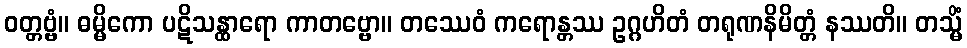
ဝတ္တဗ္ဗံ။ ဓမ္မိကော ပဋိသန္ထာရော ကာတဗ္ဗော။ တဿေဝံ ကရောန္တဿ ဥဂ္ဂဟိတံ တရုဏနိမိတ္တံ နဿတိ။ တသ္မိံ